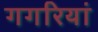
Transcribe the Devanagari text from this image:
गगरियां